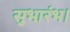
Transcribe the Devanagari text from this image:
सुभारंभ।